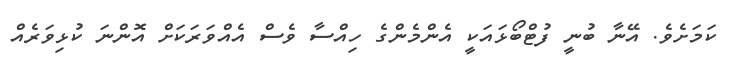
ކަމަށެވެ. އޭނާ ބުނީ ފުޓްބޯޅައަކީ އެންމެންގެ ހިއްސާ ވެސް އެއްވަރަކަށް އޮންނަ ކުޅިވަރެއް